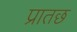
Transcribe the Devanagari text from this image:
प्रातछ